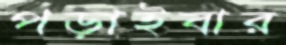
পড়াইবার